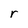
Character: r